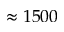
\approx 1 5 0 0